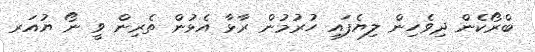
ބްރޯކެން ދިވެހިން ލިޔެފައި ހުރުމުން ރާޅާ އެޅުން ތެރިން ވީ ނޯ ޔުއަރ